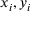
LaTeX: x _ { i } , y _ { i }